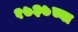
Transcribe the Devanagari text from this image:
१७३७च्या